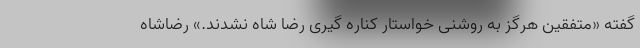
گفته «متفقین هرگز به روشنی خواستار کناره گیری رضا شاه نشدند.» رضاشاه